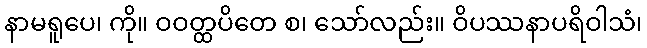
နာမရူပေ၊ ကို။ ဝဝတ္ထပိတေ စ၊ သော်လည်း။ ဝိပဿနာပရိဝါသံ၊